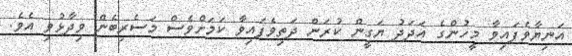
އަނިޔާވެފައިވާ މީހުންގެ އަދަދު ޔަގީން ކުރަން ދަތިވެފައިވާ ކަމަށްވެސް މަސެރިބެން ވިދާޅުވި އެވެ.